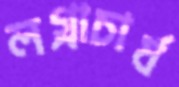
লগ্নাচার্য